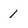
Character: 1